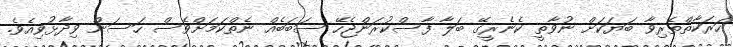
ހަރަކާތްތެރިވާ ބަޔަކަށް ނުވާތީ ކެނެރީގޭ ބަލާ ފާސްކުރަންޖެހޭ ސަބަބެއް ނެތްކަމަށްވެސް ހަސަން ވިދާޅުވިއެވެ.